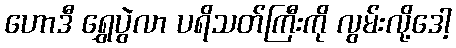
ဟောဒီ ရွှေပွဲလာ ပရိသတ်ကြီးကို လွမ်းလို့ဒေါ့